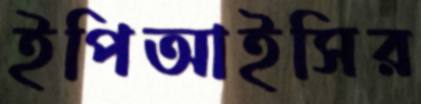
ইপিআইসির